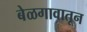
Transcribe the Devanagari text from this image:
बेळगावातून